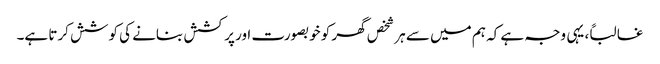
غالباً، یہی وجہ ہے کہ ہم میں سے ہر شخص گھر کو خوبصورت اور پرکشش بنانے کی کوشش کرتا ہے۔